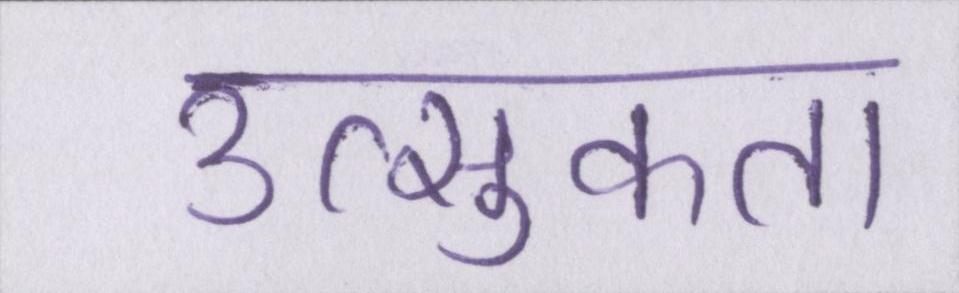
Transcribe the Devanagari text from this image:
उत्सुकता